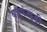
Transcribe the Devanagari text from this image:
बहुपंखुड़ी